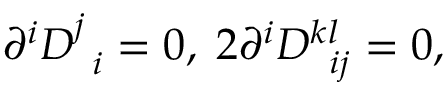
\partial ^ { i } D _ { \; \; i } ^ { j } = 0 , \; 2 \partial ^ { i } D _ { \; \; i j } ^ { k l } = 0 ,